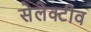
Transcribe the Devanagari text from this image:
सेलेक्टीव